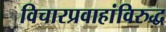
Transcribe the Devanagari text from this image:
विचारप्रवाहांविरुद्ध